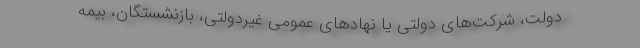
دولت، شرکت‌های دولتی یا نهادهای عمومی غیردولتی، بازنشستگان، بیمه‌